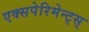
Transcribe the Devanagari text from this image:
एक्सपेरिमेन्ट्‌स्